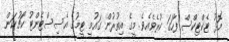
މޮޅު ޓެކްޓިކްސް ފާހަގަ ކުރެވެއެވެ. މީގެ އިތުރުން ގައުމީ ޓީމުގެ އެސިސްޓެންޓު ކޯޗުކަން